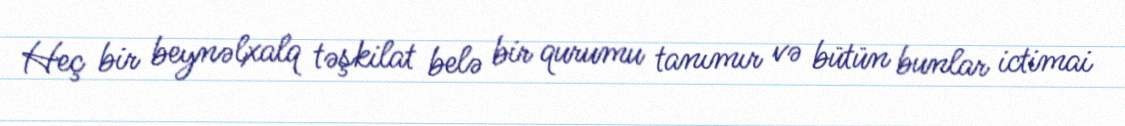
Heç bir beynəlxalq təşkilat belə bir qurumu tanımır və bütün bunlar ictimai